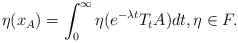
\begin{align*}\eta(x_A) = \int_0^{\infty} \eta(e^{-\lambda t}T_tA)dt, \eta \in F.\end{align*}